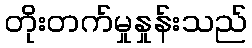
တိုးတက်မှုနှုန်းသည်